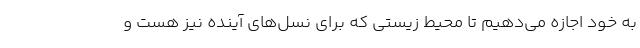
به خود اجازه می‌دهیم تا محیط زیستی که برای نسل‌های آینده نیز هست و